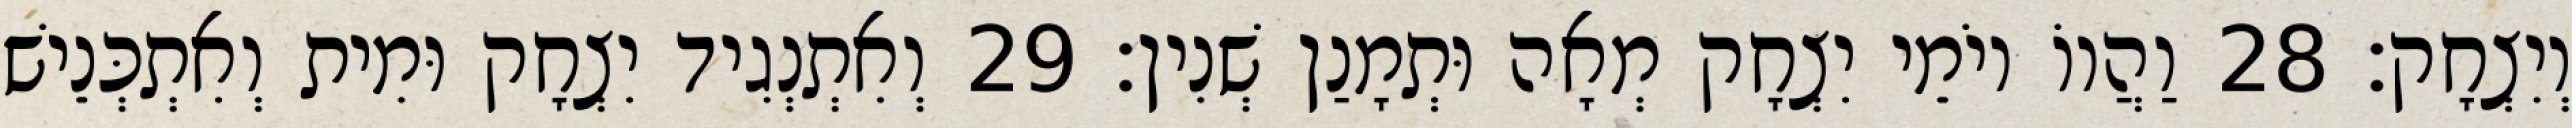
וְיִצְחָק׃ 28 וַהֲווֹ יוֹמֵי יִצְחָק מְאָה וּתְמָנַן שְׁנִין׃ 29 וְאִתְנְגִיד יִצְחָק וּמִית וְאִתְכְּנֵישׁ